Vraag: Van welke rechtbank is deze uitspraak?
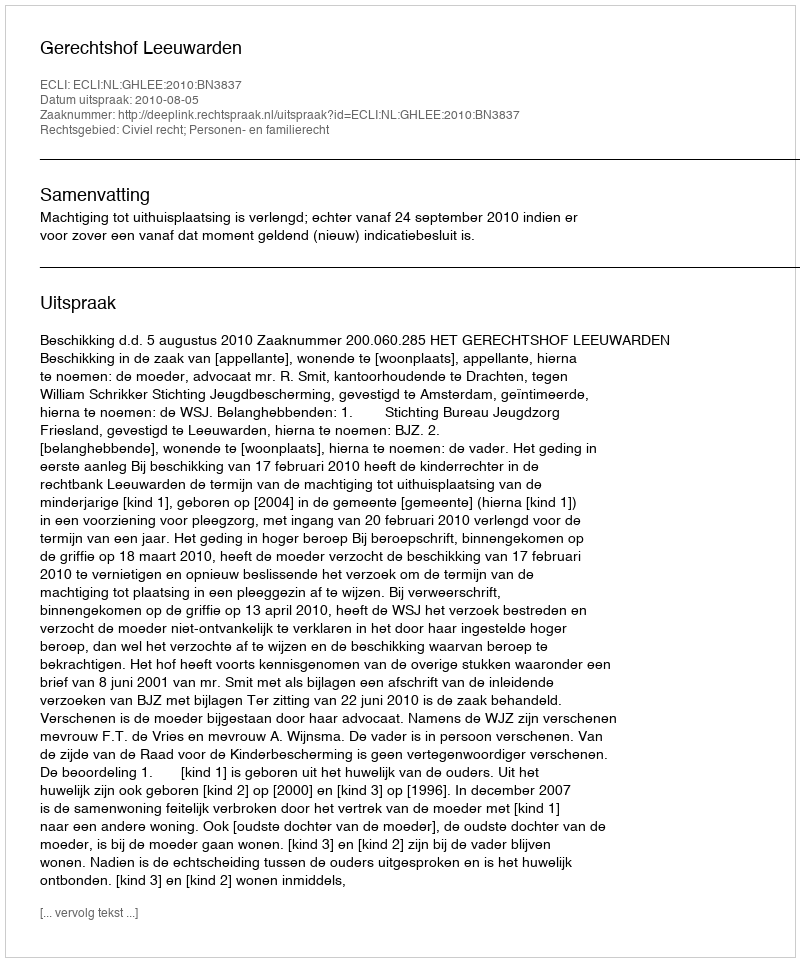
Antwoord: Gerechtshof Leeuwarden